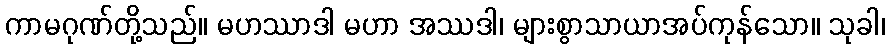
ကာမဂုဏ်တို့သည်။ မဟဿာဒါ မဟာ အဿဒါ၊ များစွာသာယာအပ်ကုန်သော။ သုခါ၊